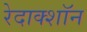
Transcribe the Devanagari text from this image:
रेदाक्शॉन